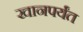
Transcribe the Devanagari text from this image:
खानपर्यंत